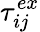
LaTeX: \tau_{ij}^{ex}